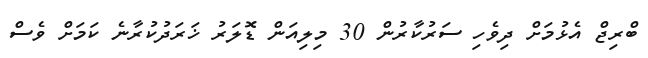
ބްރިޖް އެޅުމަށް ދިވެހި ސަރުކާރުން 30 މިލިއަން ޑޮލަރު ޚަރަދުކުރާނެ ކަމަށް ވެސް